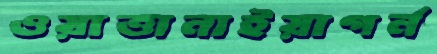
ওয়াত্তানাইয়াগর্ন